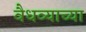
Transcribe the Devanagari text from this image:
वैधव्याच्या